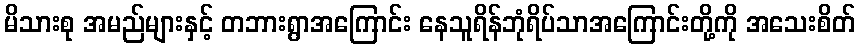
မိသားစု အမည်များနှင့် တဘားရွာအကြောင်း နေသူရိန်ဘုံရိပ်သာအကြောင်းတို့ကို အသေးစိတ်